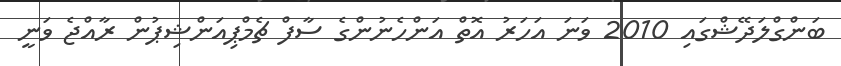
ބަންގްލަދޭޝްގައި 2010 ވަނަ އަހަރު އޮތް އަންހެނުންގެ ސާފް ޗެމްޕިއަންޝިޕުން ރާއްޖެ ވަނީ